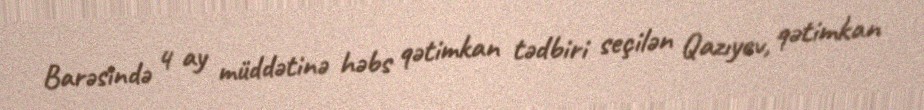
Barəsində 4 ay müddətinə həbs qətimkan tədbiri seçilən Qazıyev, qətimkan